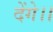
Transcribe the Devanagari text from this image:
देंगे।।